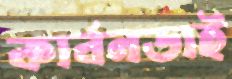
কার্বনডাই